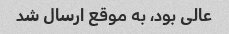
عالی بود، به موقع ارسال شد